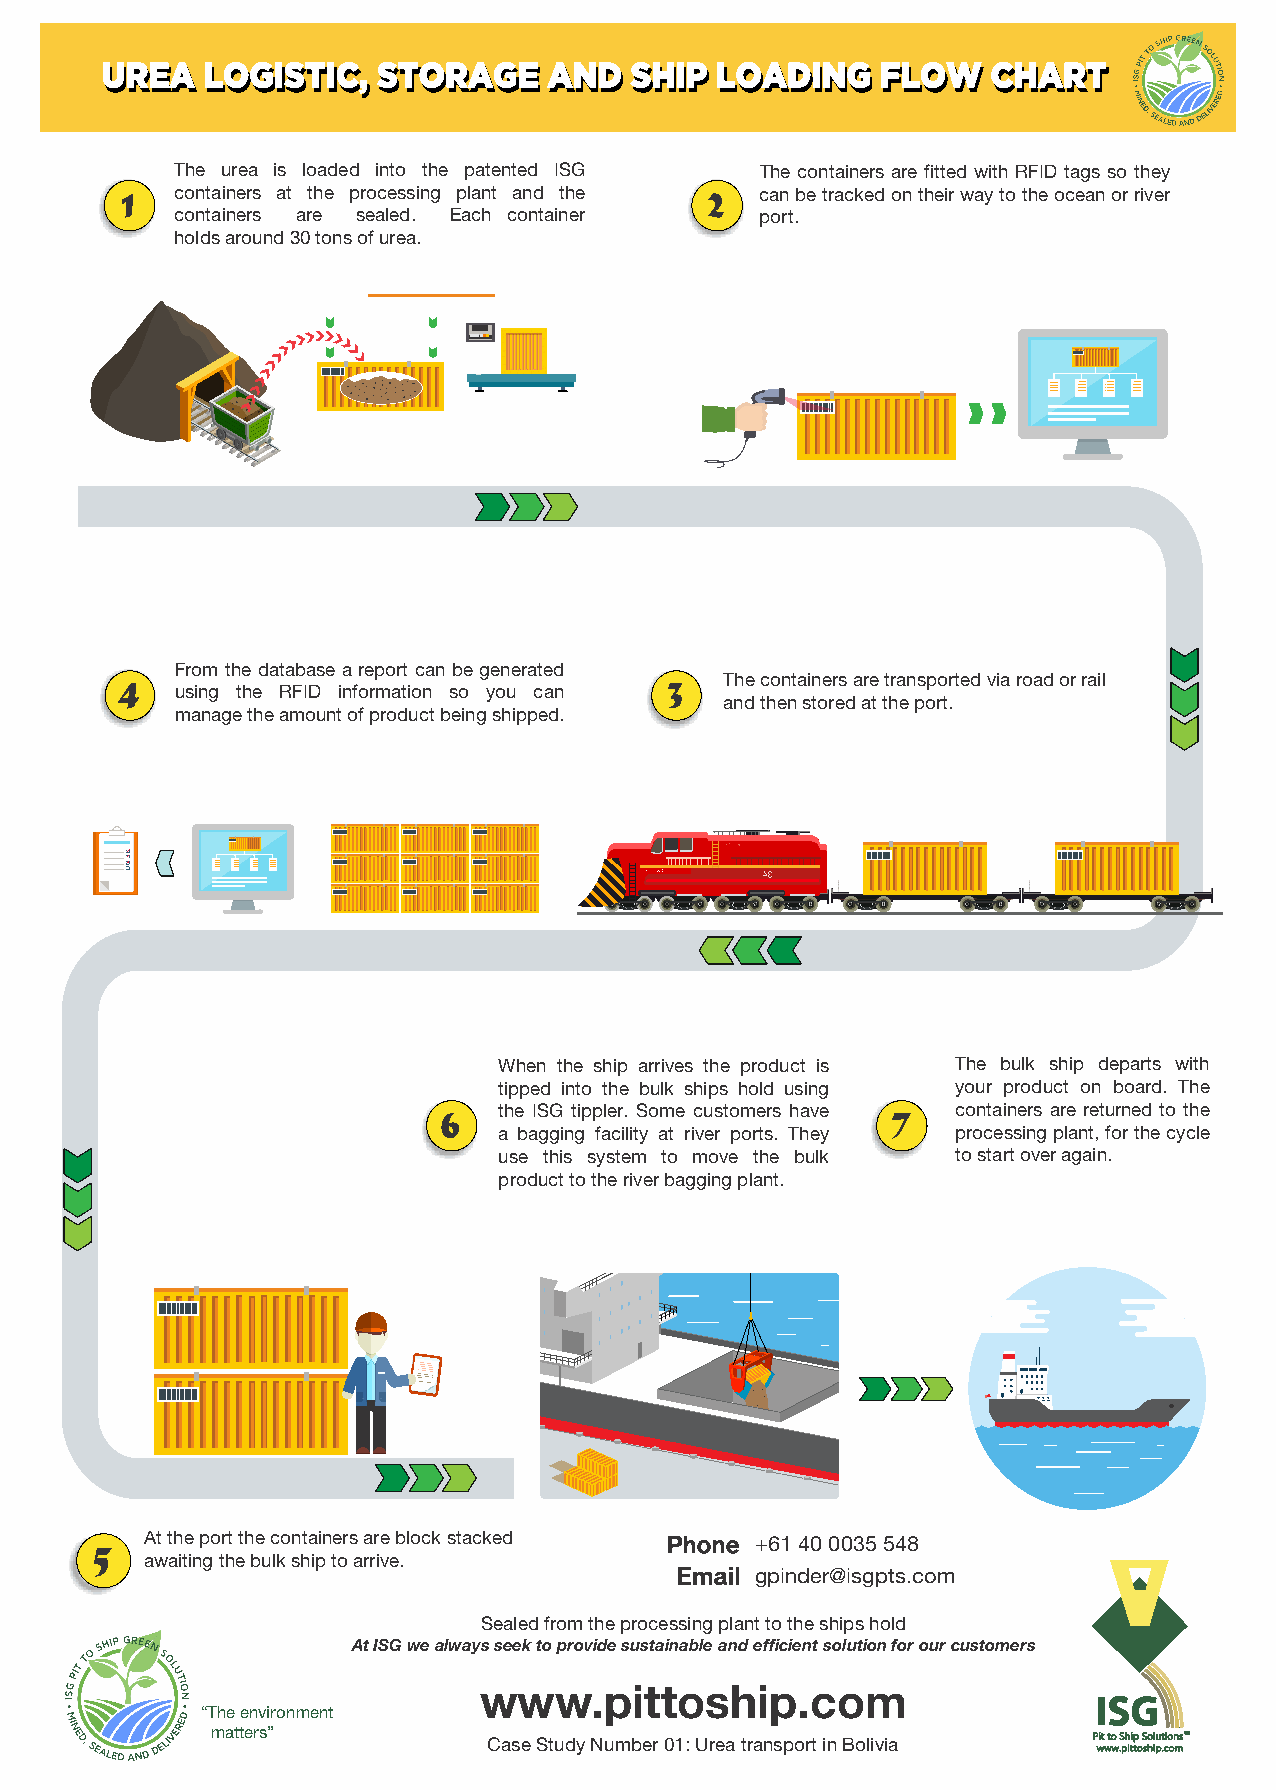
UURREEAA LLOOGGIISSTTIICC,, SSTTOORRAAGGEE AANNDD SSHHIIPP LLOOAADDIINNGG FFLLOOWW CCHHAARRTT
 The urea is loaded into the patented ISG The containers are fitted with RFID tags so they
 containers at the processing plant and the can be tracked on their way to the ocean or river
 containers are sealed. Each container port.
 holds around 30 tons of urea.
 From the database a report can be generated
 The containers are transported via road or rail
 using the RFID information so you can
 and then stored at the port.
 manage the amount of product being shipped.
 When the ship arrives the product is The bulk ship departs with
 tipped into the bulk ships hold using your product on board. The
 the ISG tippler. Some customers have containers are returned to the
 a bagging facility at river ports. They processing plant, for the cycle
 use this system to move the bulk to start over again.
 product to the river bagging plant.
 At the port the containers are block stacked +61 40 0035 548
 awaiting the bulk ship to arrive.
 gpinder@isgpts.com
 Sealed from the processing plant to the ships hold
 At ISG we always seek to provide sustainable and efficient solution for our customers
 www.pittoship.com
 ““TThhee eennvviirroonnmmeenntt
 matters”
 Case Study Number 01: Urea transport in Bolivia Pit to Ship SolutionsTM
 www.pittoship.com